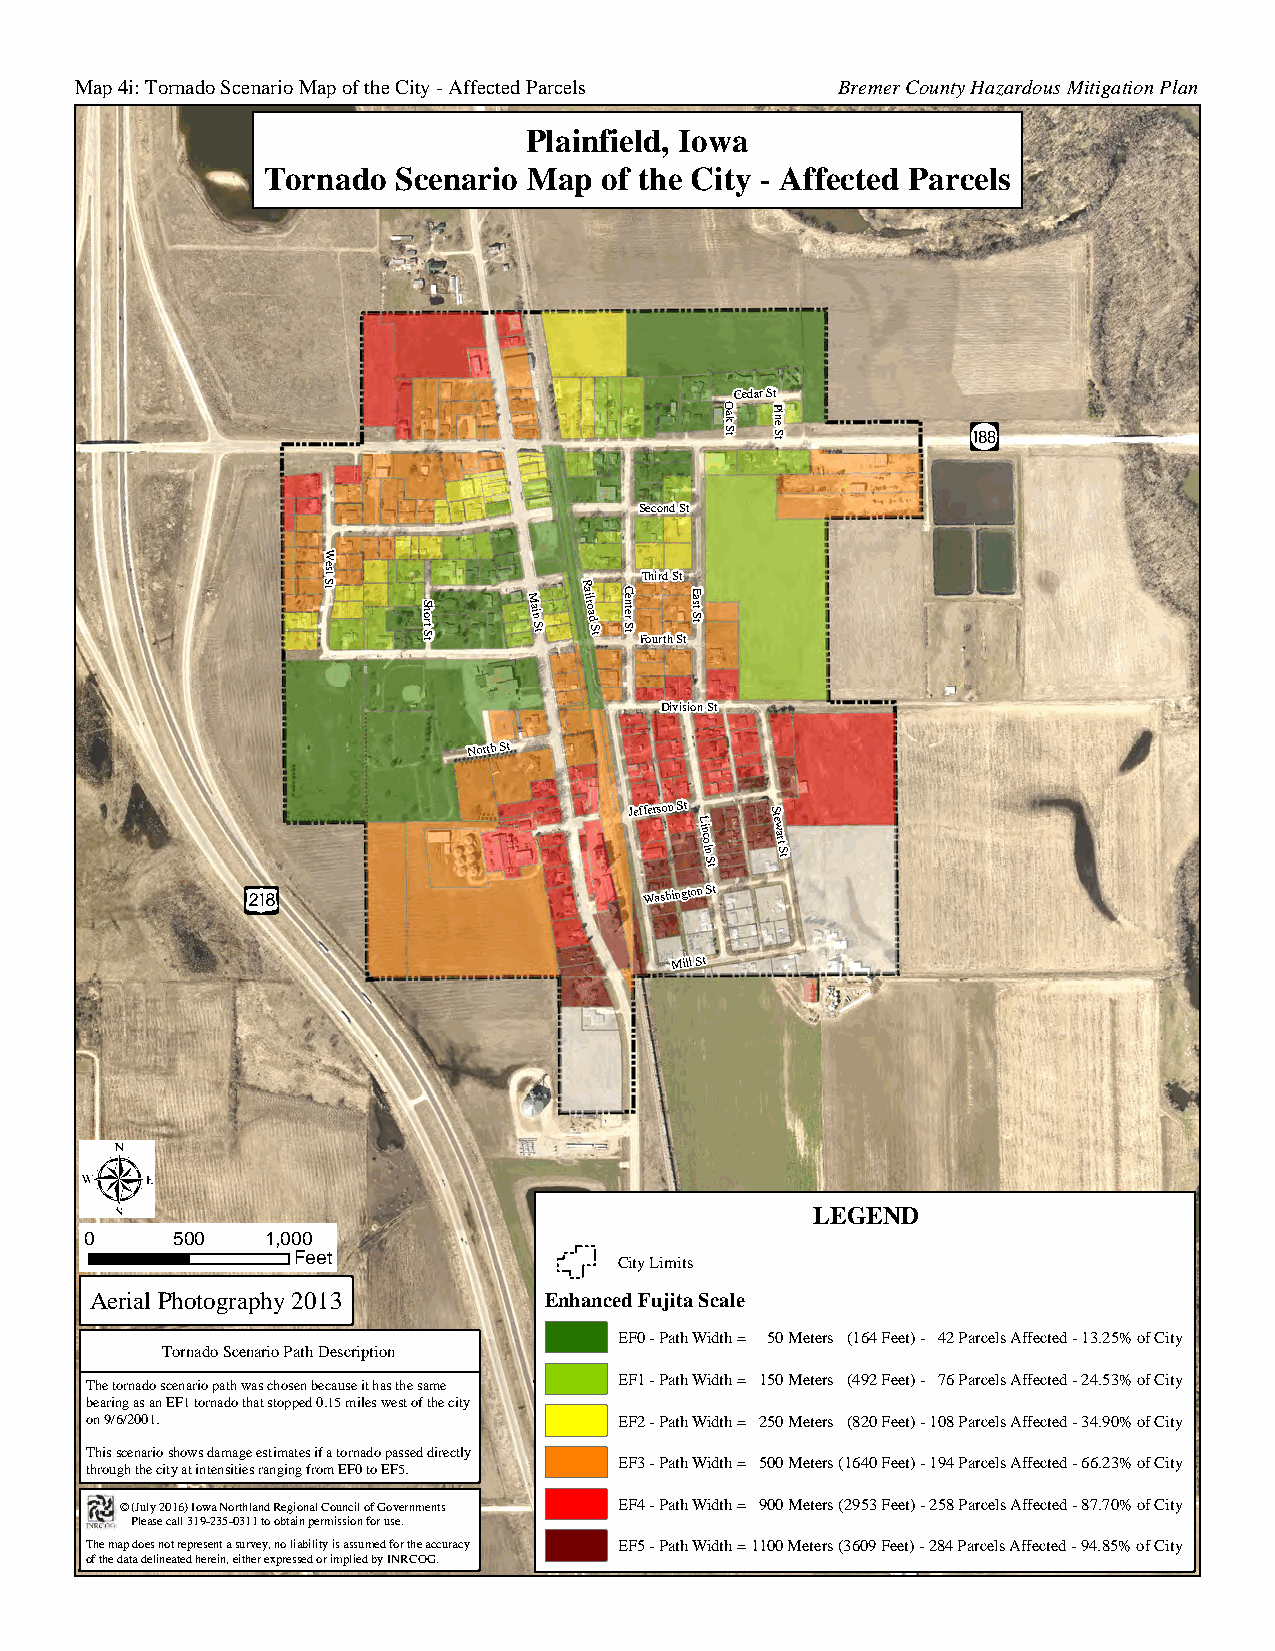
Map 4i: Tornado Scenario Map of the City - Affected Parcels Bremer County Hazardous Mitigation Plan
 Plainfield, Iowa
 Tornado  Scenario Map  of the City - Affected Parcels
 Cedar St
 O ak
 S t
 P in
 e S t
 Second St
 W
 tS
 tse
 S h ort S t M ain S t R ailro ad S t C en ter S
 tFT oh uir rd
 th
 S St
 tE ast S t
 Division St
 North St
 Jefferson St
 S
 L
 inco
 ln
 S
 tew
 art
 S
 t
 t
 Washington St
 Mill St
 LEGEND
 0    500    1,000
 Feet                  City Limits
 Aerial Photography 2013
 Enhanced Fujita Scale
 EF0 - Path Width = 50 Meters (164 Feet) - 42 Parcels Affected - 13.25% of City
 Tornado Scenario Path Description
 EF1 - Path Width = 150 Meters (492 Feet) - 76 Parcels Affected - 24.53% of City
 The tornado scenario path was chosen because it has the same
 bearing as an EF1 tornado that stopped 0.15 miles west of the city
 on 9/6/2001.                       EF2 - Path Width = 250 Meters (820 Feet) - 108 Parcels Affected - 34.90% of City
 This scenario shows damage estimates if a tornado passed directly
 EF3 - Path Width = 500 Meters (1640 Feet) - 194 Parcels Affected - 66.23% of City
 through the city at intensities ranging from EF0 to EF5.
 © (July 2016) Iowa Northland Regional Council of Governments 1E50Fth4 S-t Path Width = 900 Meters (2953 Feet) - 258 Parcels Affected - 87.70% of City
 Please call 319-235-0311 to obtain permission for use. Ave
 T ofh e
 th
 m
 e
 dap
 at
 d
 a
 o de es
 l
 in no et
 a
 tr ee dp r he es re en it
 n
 a
 ,
 es iu thrv ee
 r
 y e,
 x
 n po
 re
 l sia seb dil i oty
 r
 ii ms a ps lis eu dm be yd If Nor
 R
 t Che
 O
 a Gc .curacy EF5 - Path Width = 1100 Meters (3609 Fe Bishop et) - 284 Parcels Affected - 94.85% of City